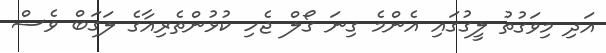
އަދި މިވަގުތު ލީގުގައި އެންމެ ގިނަ ގޯލް ޖެހި ކުޅުންތެރިއާގެ ލަގަބް ވެސް